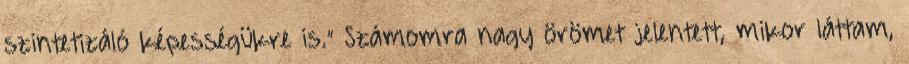
szintetizáló képességükre is.” Számomra nagy örömet jelentett, mikor láttam,